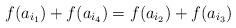
LaTeX: \begin{align*}f(a_{i_1}) + f(a_{i_4}) = f(a_{i_2}) + f(a_{i_3}) \end{align*}